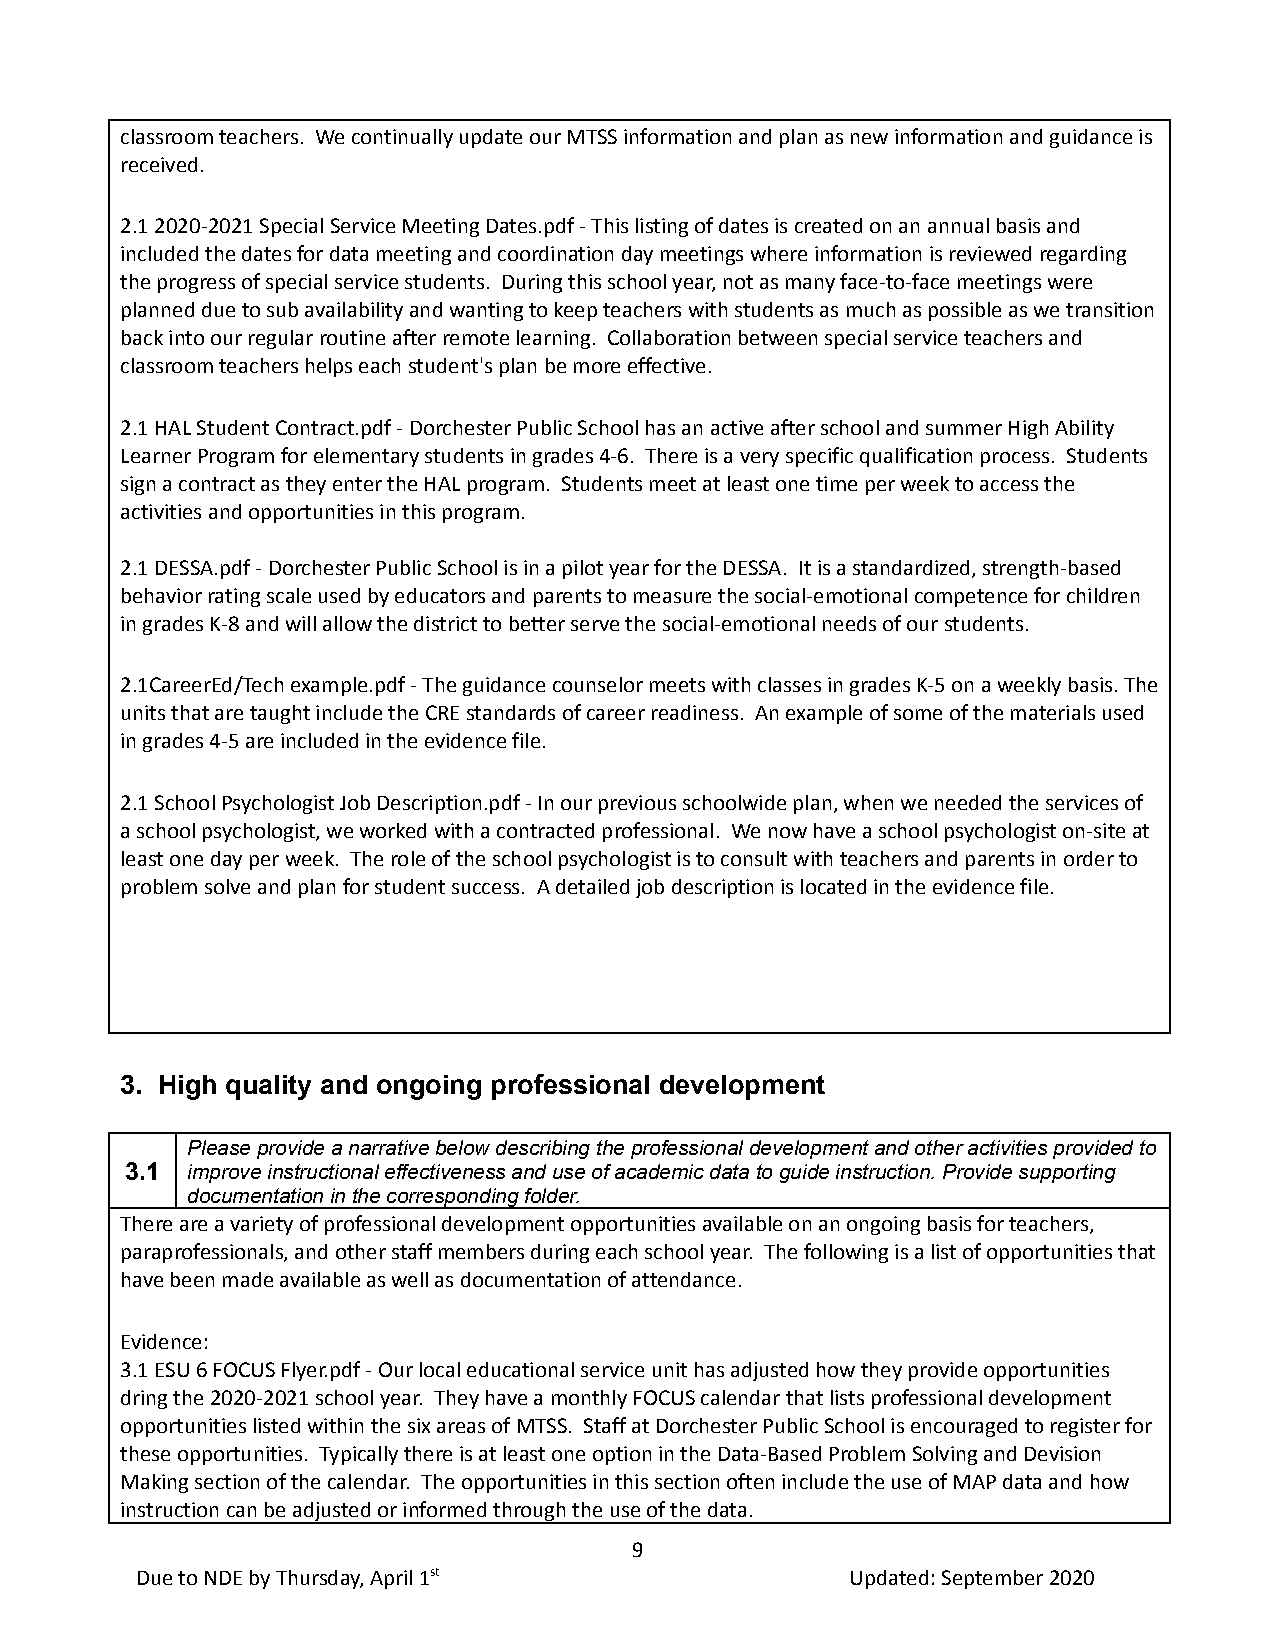
classroom teachers. We continually update our MTSSinformation and plan as new information and guidanceis
 received.
 2.1 2020-2021 Special Service Meeting Dates.pdf -This listing of dates is created on an annual basisand
 included the dates for data meeting and coordinationday meetings where information is reviewed regarding
 the progress of special service students. Duringthis school year, not as many face-to-face meetingswere
 planned due to sub availability and wanting to keepteachers with students as much as possible as wetransition
 back into our regular routine after remote learning. Collaboration between special service teachers and
 classroom teachers helps each student's plan be moreeffective.
 2.1 HAL Student Contract.pdf - Dorchester Public Schoolhas an active after school and summer High Ability
 Learner Program for elementary students in grades4-6. There is a very specific qualification process. Students
 sign a contract as they enter the HAL program. Studentsmeet at least one time per week to access the
 activities and opportunities in this program.
 2.1 DESSA.pdf - Dorchester Public School is in a pilotyear for the DESSA. It is a standardized, strength-based
 behavior rating scale used by educators and parentsto measure the social-emotional competence for children
 in grades K-8 and will allow the district to betterserve the social-emotional needs of our students.
 2.1CareerEd/Tech example.pdf - The guidance counselormeets with classes in grades K-5 on a weekly basis.The
 units that are taught include the CRE standards ofcareer readiness. An example of some of the materialsused
 in grades 4-5 are included in the evidence file.
 2.1 School Psychologist Job Description.pdf - In ourprevious schoolwide plan, when we needed the servicesof
 a school psychologist, we worked with a contractedprofessional. We now have a school psychologiston-site at
 least one day per week. The role of the school psychologistis to consult with teachers and parents in orderto
 problem solve and plan for student success. A detailedjob description is located in the evidence file.
 3. High quality and ongoing professional development
 Please provide a narrative below describing the professionaldevelopment and other activities provided to
 3.1 improve instructional effectiveness and use of academicdata to guide instruction. Provide supporting
 documentation in the corresponding folder.
 There are a variety of professional development opportunitiesavailable on an ongoing basis for teachers,
 paraprofessionals, and other staff members duringeach school year. The following is a list of opportunitiesthat
 have been made available as well as documentationof attendance.
 Evidence:
 3.1 ESU 6 FOCUS Flyer.pdf - Our local educationalservice unit has adjusted how they provide opportunities
 dring the 2020-2021 school year. They have a monthlyFOCUS calendar that lists professional development
 opportunities listed within the six areas of MTSS. Staff at Dorchester Public School is encouragedto register for
 these opportunities. Typically there is at leastone option in the Data-Based Problem Solving and Devision
 Making section of the calendar. The opportunitiesin this section often include the use of MAP dataand how
 instruction can be adjusted or informed through theuse of the data.
 9
 Due to NDE by Thursday, April 1st              Updated: September2020